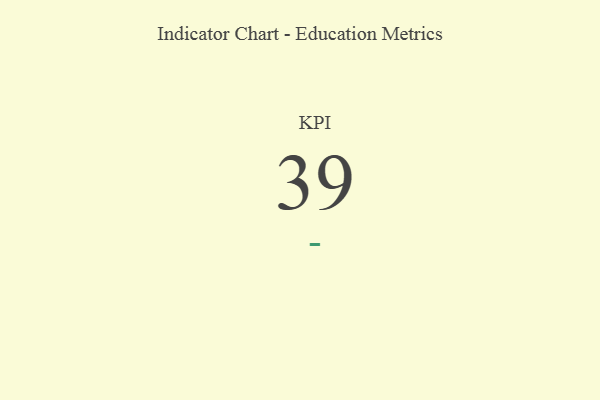
{"axis": {"x": "KPI", "y": "Value"}, "legend": [""], "data": [{"x": "KPI", "y": 39, "type": ""}]}